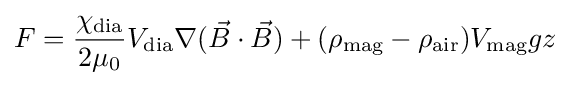
F={\frac {\chi _{\text{dia}}}{2\mu _{0}}}V_{\text{dia}}\nabla ({\vec {B}}\cdot {\vec {B}})+(\rho _{\text{mag}}-\rho _{\text{air}})V_{\text{mag}}gz